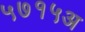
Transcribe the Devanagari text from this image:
५७१५अ